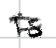
Text: is
Cross-out: mix
Writing tool: digital_black